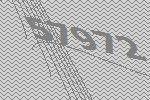
57972